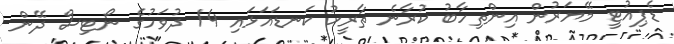
ޑެޕިއުޓީ މޭޔަރުން އިންތިހާބު ކުރާނެ ތާރީހު ކަނޑައަޅައި 14 ދުވަހުގެ ނޯޓިސް ދޭން